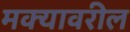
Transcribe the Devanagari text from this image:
मक्यावरील